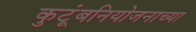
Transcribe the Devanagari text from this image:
कुटूंबनियोजनाच्या